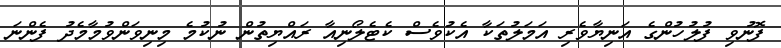
ފޮނުވި ފުލުހުންގެ އަނިޔާވެރި އަމަލުތަކާ އެކުވެސް ކެޓެލޯނިއާ ރައްޔިތުން ނުކުމެ މިނިވަންވުމާމެދު ފެންނަ